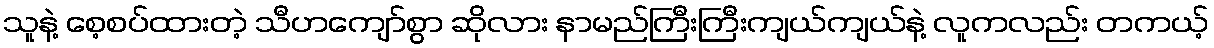
သူနဲ့ စေ့စပ်ထားတဲ့ သီဟကျော်စွာ ဆိုလား နာမည်ကြီးကြီးကျယ်ကျယ်နဲ့ လူကလည်း တကယ့်